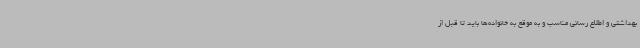
بهداشتی و اطلاع رسانی مناسب و به موقع به خانواده‌ها باید تا قبل از